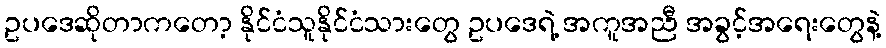
ဥပဒေဆိုတာကတော့ နိုင်ငံသူနိုင်ငံသားတွေ ဥပဒေရဲ့ အကူအညီ အခွင့်အရေးတွေနဲ့